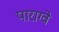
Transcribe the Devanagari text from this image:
पाराग्वे